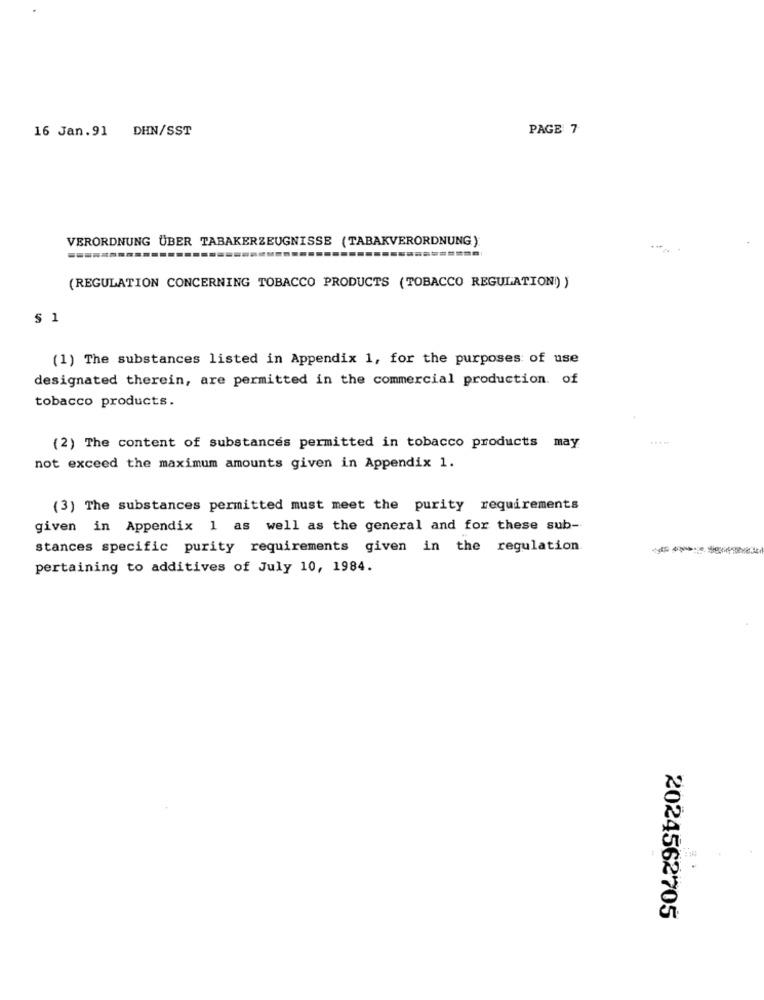
16 Jan.91
DHN/SST
PAGE 7
VERORDNUNG ÜBER TABAKERZEUGNISSE (TABAKVERORDNUNG):
(REGULATION CONCERNING TOBACCO PRODUCTS (TOBACCO REGULATION!) )
S
(1) The substances listed in Appendix 1, for the purposes of use
designated therein, are permitted in the commercial production. of
tobacco products.
(2) The content of substances permitted in tobacco products may
not exceed the maximum amounts given in Appendix 1.
(3) The substances permitted must meet the purity requirements
given in Appendix 1 as well as the general and for these sub-
stances specific purity requirements given in the regulation.
pertaining to additives of July 10, 1984.
.
2024562705